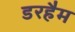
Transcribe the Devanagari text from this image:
डरहैम